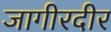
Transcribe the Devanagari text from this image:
जागीरदीर